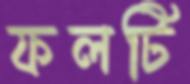
ফলটি